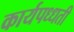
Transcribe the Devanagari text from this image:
कार्यपध्धती